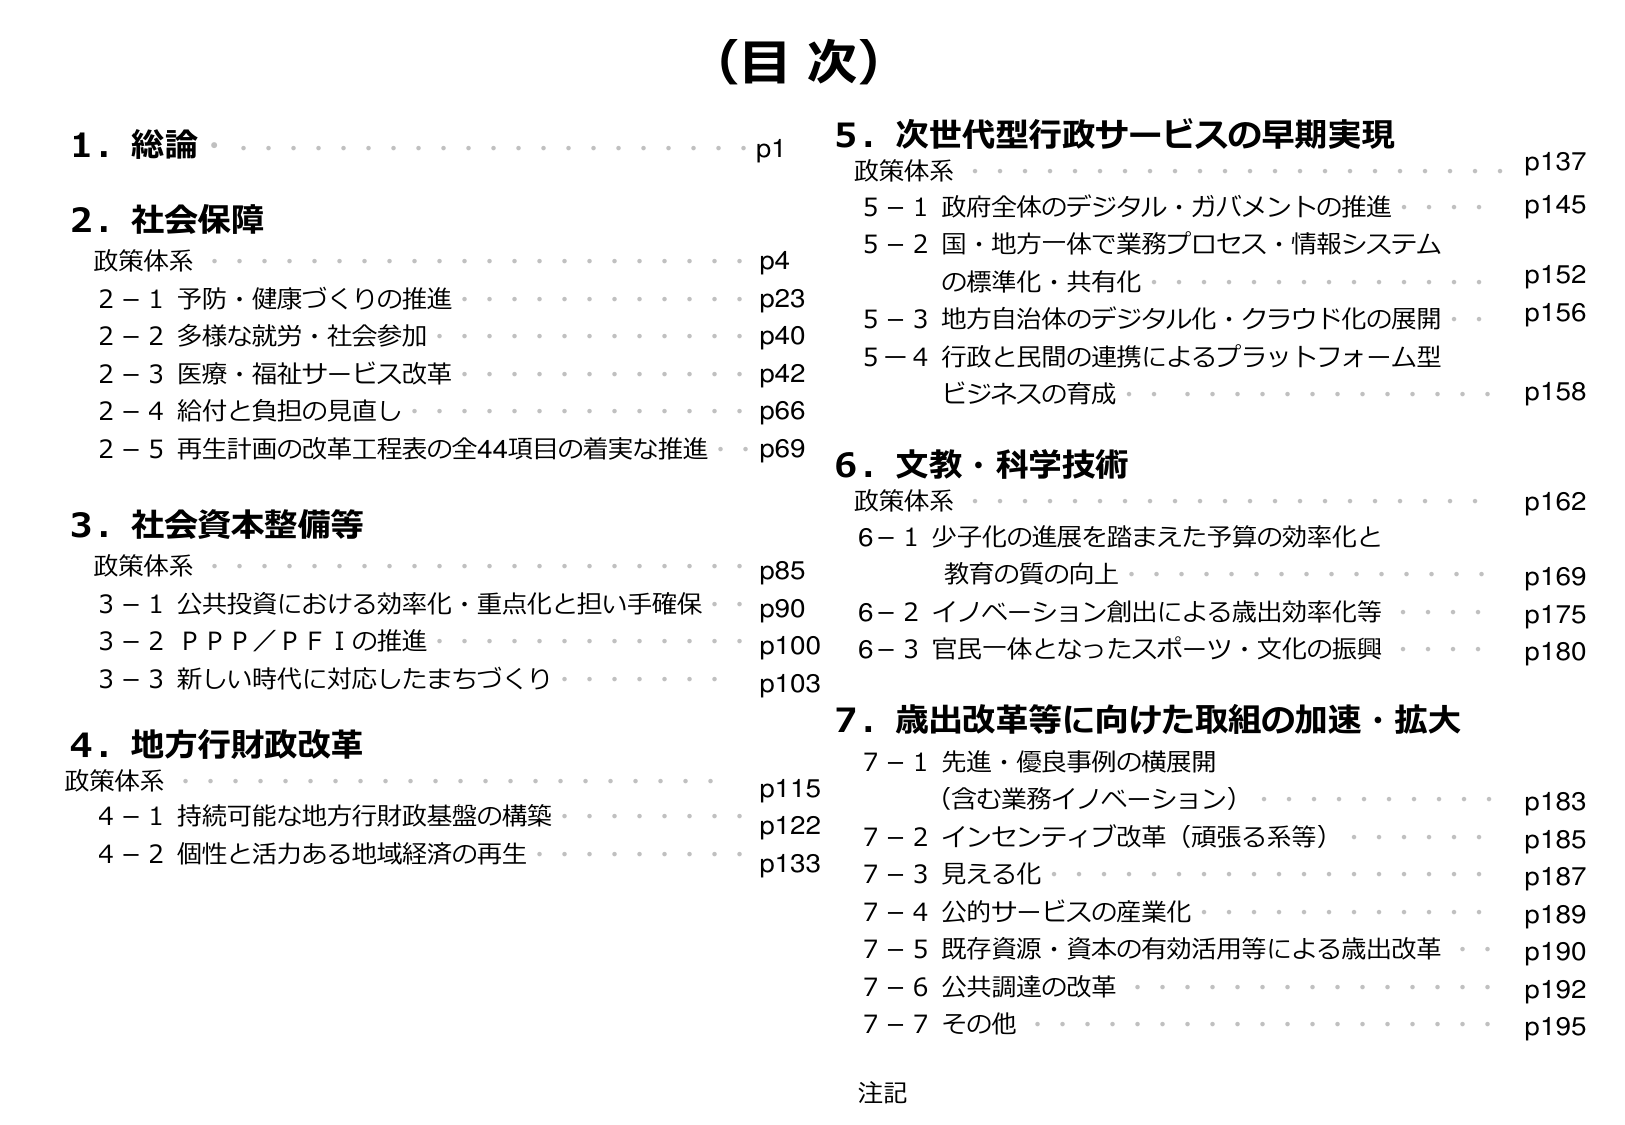
（目次）

1．総論  p1

2．社会保障
政策体系  p4
2－1 予防・健康づくりの推進  p23
2－2 多様な就労・社会参加  p40
2－3 医療・福祉サービス改革  p42
2－4 給付と負担の見直し  p66
2－5 再生計画の改革工程表の全44項目の着実な推進  p69

3．社会資本整備等
政策体系  p85
3－1 公共投資における効率化・重点化と担い手確保  p90
3－2 ＰＰＰ／ＰＦＩの推進  p100
3－3 新しい時代に対応したまちづくり  p103

4．地方行財政改革
政策体系  p115
4－1 持続可能な地方行財政基盤の構築  p122
4－2 個性と活力ある地域経済の再生  p133

5．次世代型行政サービスの早期実現
政策体系  p137
5－1 政府全体のデジタル・ガバメントの推進  p145
5－2 国・地方一体で業務プロセス・情報システムの標準化・共有化  p152
5－3 地方自治体のデジタル化・クラウド化の展開  p156
5－4 行政と民間の連携によるプラットフォーム型ビジネスの育成  p158

6．文教・科学技術
政策体系  p162
6－1 少子化の進展を踏まえた予算の効率化と教育の質の向上  p169
6－2 イノベーション創出による歳出効率化等  p175
6－3 官民一体となったスポーツ・文化の振興  p180

7．歳出改革等に向けた取組の加速・拡大
7－1 先進・優良事例の横展開（含む業務イノベーション）  p183
7－2 インセンティブ改革（頑張る系等）  p185
7－3 見える化  p187
7－4 公的サービスの産業化  p189
7－5 既存資源・資本の有効活用等による歳出改革  p190
7－6 公共調達の改革  p192
7－7 その他  p195

注記